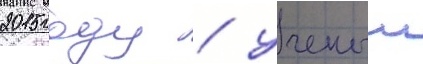
2015 году / ученыи